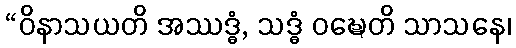
“ဝိနာသယတိ အဿဒ္ဓံ, သဒ္ဓံ ဝဍ္ဎေတိ သာသနေ၊